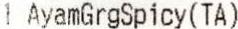
1 AYAMGRGSPICY(TA)